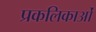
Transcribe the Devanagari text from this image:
प्रकलिकाओं